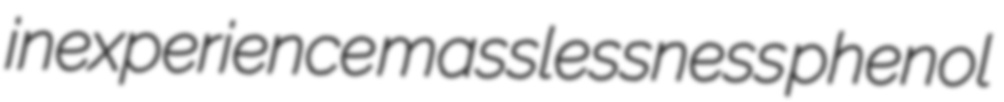
inexperience masslessness phenol